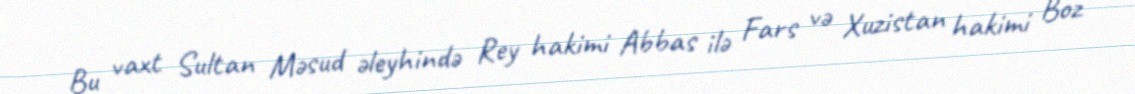
Bu vaxt Sultan Məsud əleyhində Rey hakimi Abbas ilə Fars və Xuzistan hakimi Boz